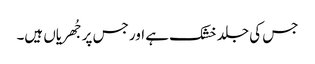
جس کی جلد خشک ہے اور جس پر جُھریاں ہیں۔